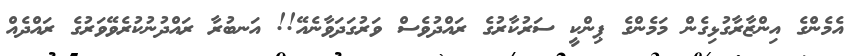
އެމެންގެ އިންޒާރާގުޅިގެން މަމެންގެ ޕިންކީ ސަރުކާރުގެ ރައްދުވެސް ވަރުގަދަވާނެއޭ!! އަނބުރާ ރައްދުނުކުރެވޭވަރުގެ ރައްދެއް